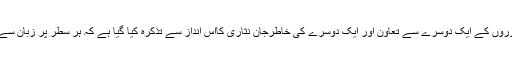
پرندوں کےگھونسلوں سے لے کر جانوروں کے ایک دوسرے سے تعاون اور ایک دوسرے کی خاطرجان نثاری کااس انداز سے تذکرہ کیا گیا ہے کہ ہر سطر پر زبان سے بے ساختہ ’’سبحان اللہ‘‘ نکل جاتاہے۔